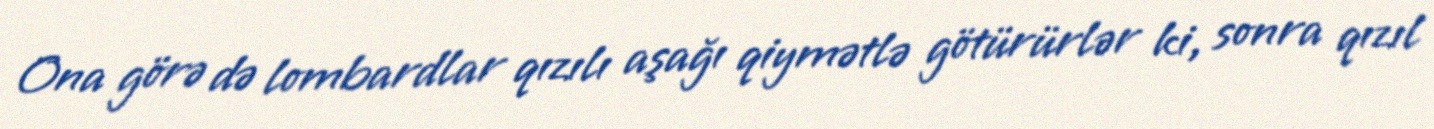
Ona görə də lombardlar qızılı aşağı qiymətlə götürürlər ki, sonra qızıl